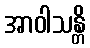
အာဝါသန္တိ